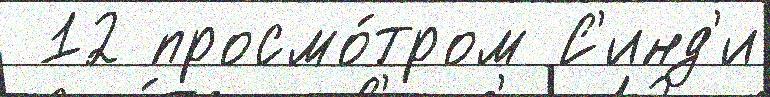
 12 просмо́тром С'инд'и